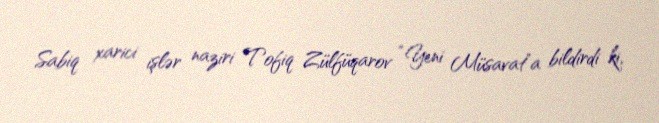
Sabiq xarici işlər naziri Tofiq Zülfüqarov “Yeni Müsavat”a bildirdi ki,